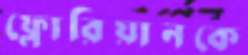
ফ্লোরিয়ানকে